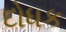
દોધક